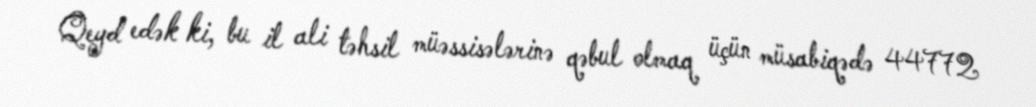
Qeyd edək ki, bu il ali təhsil müəssisələrinə qəbul olmaq üçün müsabiqədə 44772